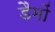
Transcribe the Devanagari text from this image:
डैमों